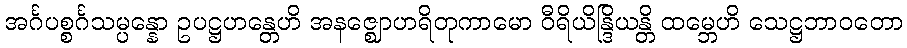
အင်္ဂပစ္စင်္ဂသမ္ပန္နော ဥပဋ္ဌဟန္တေဟိ အနဇ္ဈောဟရိတုကာမော ဝီရိယိန္ဒြိယန္တိ ထမ္ဘေဟိ သေဋ္ဌဘာဝတော